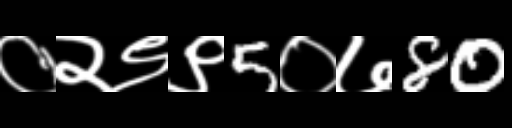
Text: ०२९९5०७80